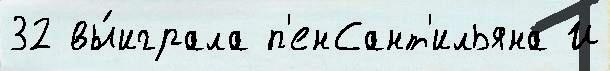
32 вы́играла п'енСант'ильяна И